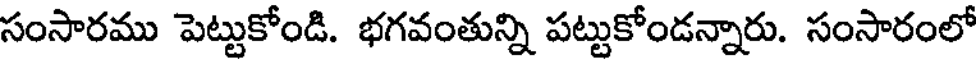
సంసారము పెట్టుకోండి. భగవంతున్ని పట్టుకోండన్నారు. సంసారంలో